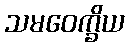
သမဝေက္ခိယ